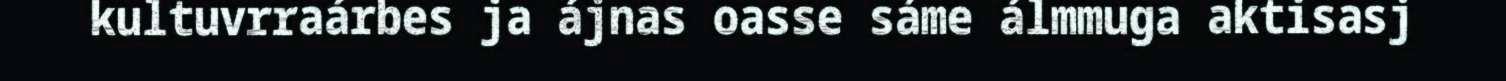
kultuvrraárbes ja ájnas oasse sáme álmmuga aktisasj